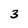
Character: 3